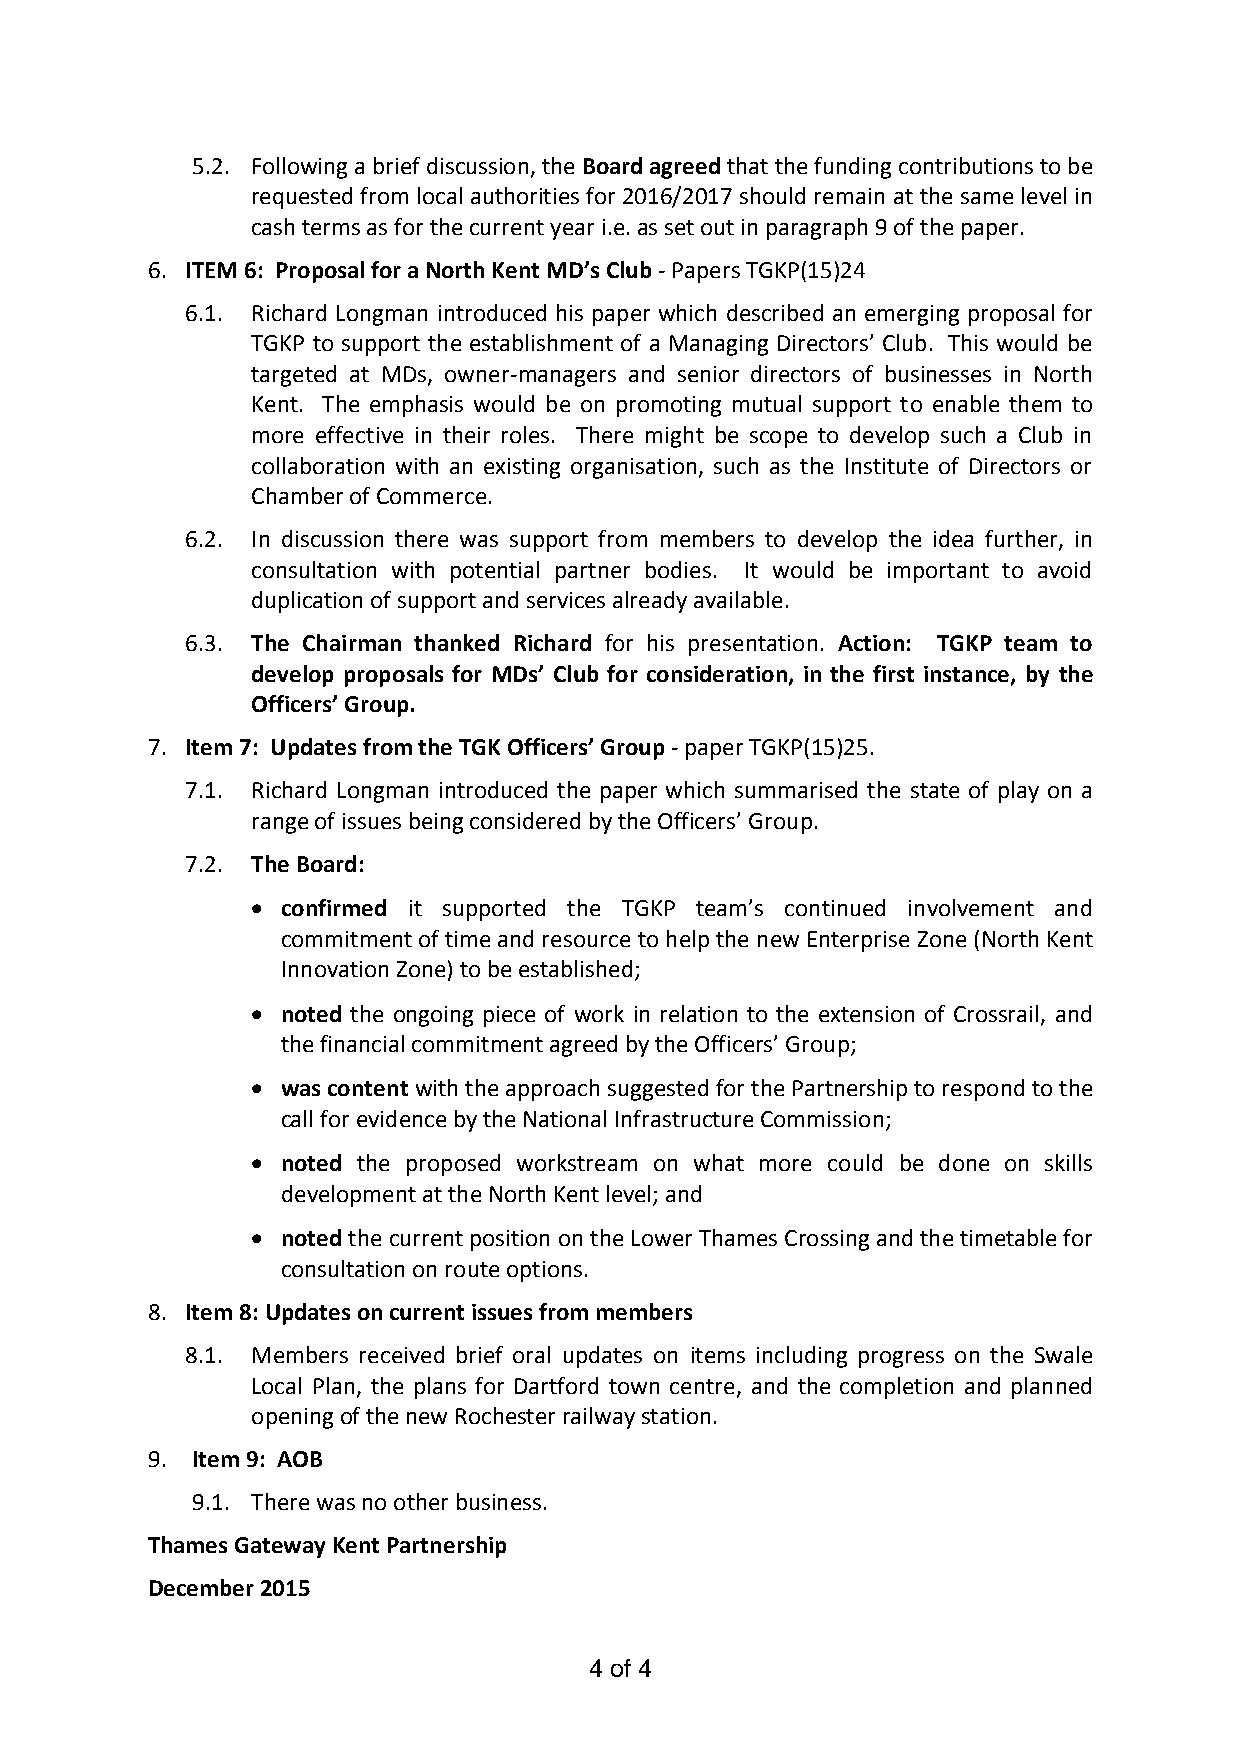
5.2. Following a brief discussion, the Board agreed that the funding contributions to be
 requested from local authorities for 2016/2017 should remain at the same level in
 cash terms as for the current year i.e. as set out in paragraph 9 of the paper.
 6. ITEM 6: Proposal for a North Kent MD’s Club - Papers TGKP(15)24
 6.1. Richard Longman introduced his paper which described an emerging proposal for
 TGKP to support the establishment of a Managing Directors’ Club. This would be
 targeted at MDs, owner-managers and senior directors of businesses in North
 Kent. The emphasis would be on promoting mutual support to enable them to
 more effective in their roles. There might be scope to develop such a Club in
 collaboration with an existing organisation, such as the Institute of Directors or
 Chamber of Commerce.
 6.2. In discussion there was support from members to develop the idea further, in
 consultation with potential partner bodies. It would be important to avoid
 duplication of support and services already available.
 6.3. The Chairman thanked Richard for his presentation. Action: TGKP team to
 develop proposals for MDs’ Club for consideration, in the first instance, by the
 Officers’ Group.
 7. Item 7: Updates from the TGK Officers’ Group - paper TGKP(15)25.
 7.1. Richard Longman introduced the paper which summarised the state of play on a
 range of issues being considered by the Officers’ Group.
 7.2. The Board:
  confirmed it supported the TGKP team’s continued involvement and
 commitment of time and resource to help the new Enterprise Zone (North Kent
 Innovation Zone) to be established;
  noted the ongoing piece of work in relation to the extension of Crossrail, and
 the financial commitment agreed by the Officers’ Group;
  was content with the approach suggested for the Partnership to respond to the
 call for evidence by the National Infrastructure Commission;
  noted the proposed workstream on what more could be done on skills
 development at the North Kent level; and
  noted the current position on the Lower Thames Crossing and the timetable for
 consultation on route options.
 8. Item 8: Updates on current issues from members
 8.1. Members received brief oral updates on items including progress on the Swale
 Local Plan, the plans for Dartford town centre, and the completion and planned
 opening of the new Rochester railway station.
 9. Item 9: AOB
 9.1. There was no other business.
 Thames Gateway Kent Partnership
 December 2015
 4 of 4